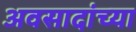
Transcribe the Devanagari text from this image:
अवसादांच्या